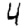
Digit: 4